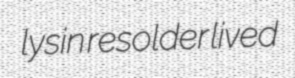
lysin resolder lived